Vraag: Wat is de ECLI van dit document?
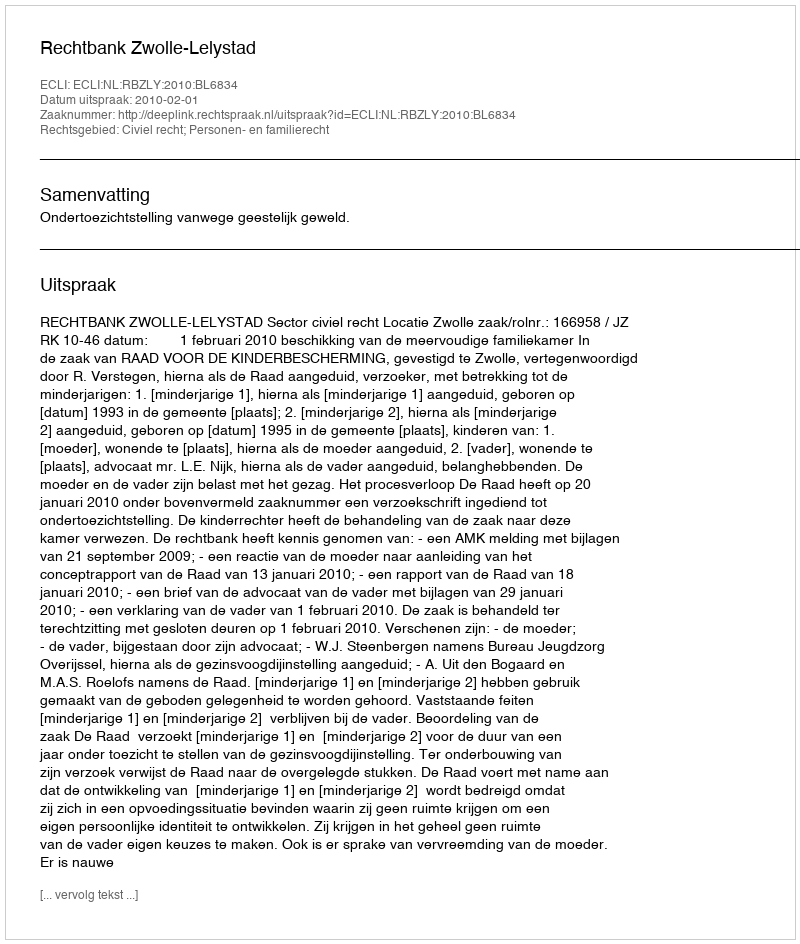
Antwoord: ECLI:NL:RBZLY:2010:BL6834